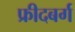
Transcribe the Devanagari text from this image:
फ्रीदबर्ग